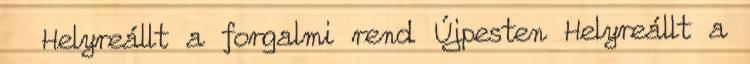
Helyreállt a forgalmi rend Újpesten Helyreállt a